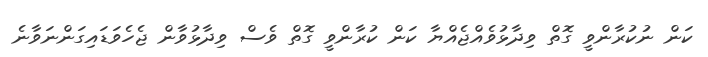
ކަން ނުކުރާންވީ ގޮތް ވިދާޅުވެއްޖެއްޔާ ކަން ކުރާންވީ ގޮތް ވެސް ވިދާޅުވާން ޖެހެވަޑައިގަންނަވާނެ